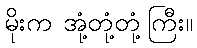
မိုးက အုံ့တုံ့တုံ့ကြီး။